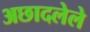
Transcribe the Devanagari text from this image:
अछादलेले